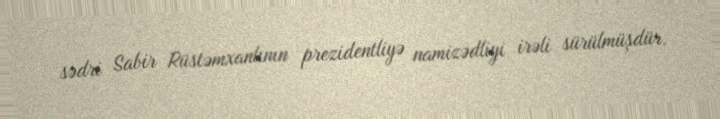
sədri Sabir Rüstəmxanlının prezidentliyə namizədliyi irəli sürülmüşdür.